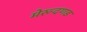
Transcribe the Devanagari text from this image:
मेरूदणड